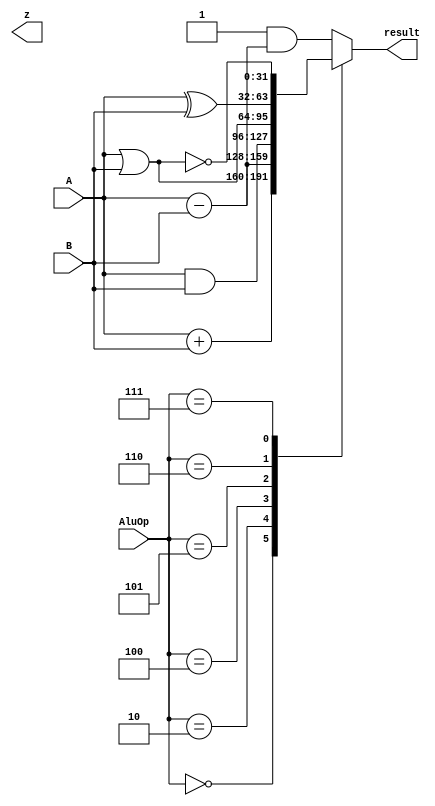
`timescale 1ns / 1ps
//////////////////////////////////////////////////////////////////////////////////
// Company: 
// Engineer: 
// 
// Design Name: 
// Module Name: ALU
// Project Name: 
// Target Devices: 
// Tool Versions: 
// Description: 
// 
// Dependencies: 
// 
// Revision:
// Revision 0.01 - File Created
// Additional Comments:
// 
//////////////////////////////////////////////////////////////////////////////////


module ALU(input [31:0] A, input [31:0] B, input [3:0] AluOp, output [31:0] result, output z);
    
    reg [31:0] r; 
    always @(*)
    begin
        case(AluOp)
        4'b0000: r = A + B;
        4'b0010: r = A - B;
        4'b0100: r = A & B;
        4'b0101: r = A | B;
        4'b0110: r = A ^ B;
        4'b0111: r = ~ (A | B);
        default: 
            r= {31'b0, 1'b1} & (A - B); 
        endcase
    end
    
    assign result = r;
    assign zero = (r == 32'b0) ? 1:0;

endmodule